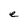
Character: e